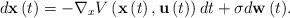
LaTeX: \begin{align*}d\mathbf{x}\left(t\right)=-\nabla_xV\left(\mathbf{x}\left(t\right),\mathbf{u}\left(t\right)\right)dt+\sigma{d\mathbf{w}\left(t\right)}.\end{align*}